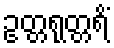
ဥတ္တရုတ္တရိံ